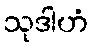
သုဒါဟံ